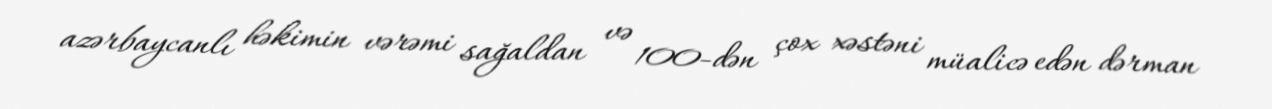
azərbaycanlı həkimin vərəmi sağaldan və 100-dən çox xəstəni müalicə edən dərman